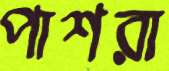
পাশরা